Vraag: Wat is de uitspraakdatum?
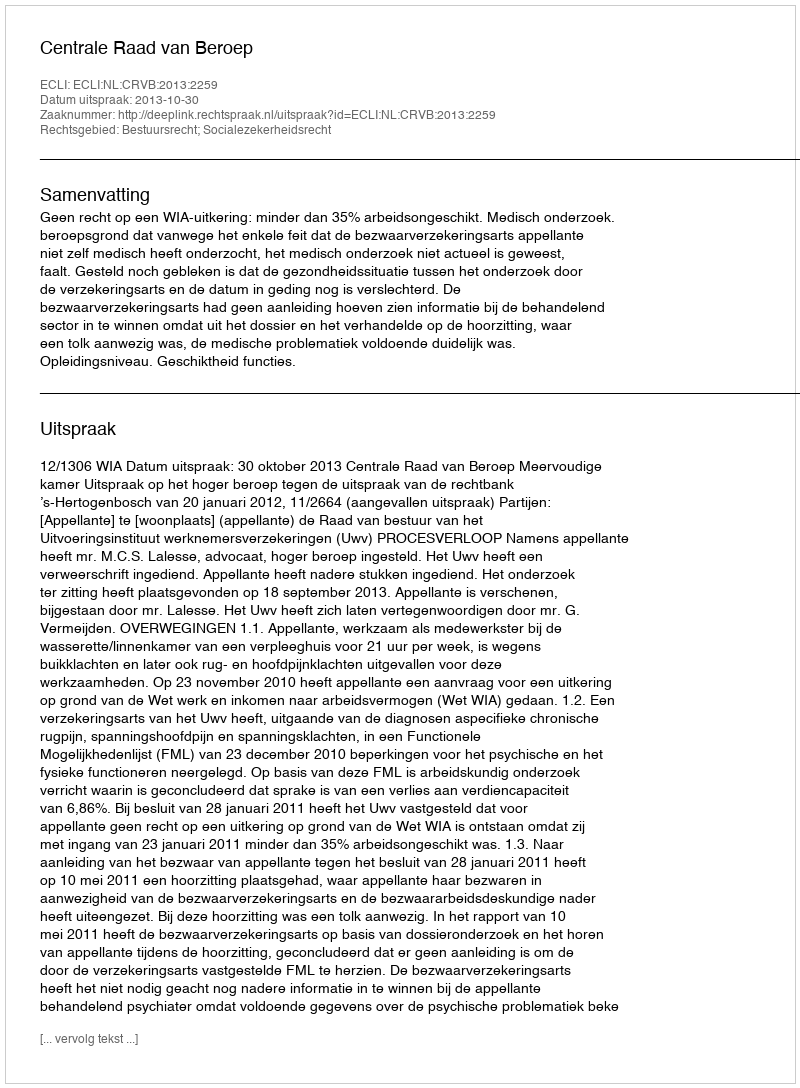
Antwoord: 2013-10-30